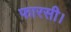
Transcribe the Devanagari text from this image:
फारसी।